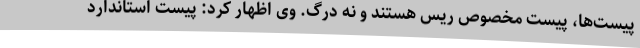
پیست‌ها، پیست مخصوص ریس هستند و نه درگ. وی اظهار کرد: پیست استاندارد